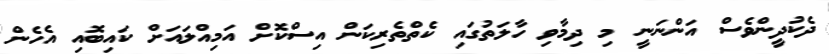
ދެކުދީންވެސް އަންނަނީ މި ދިމާވި ހާލަތުގައި ކެތްތެރިކަން އިސްކޮށް އަމިއްލައަށް ކައިބޮއި އެހެން